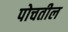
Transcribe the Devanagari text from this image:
पोचतील